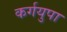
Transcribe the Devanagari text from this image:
कर्गयुपा